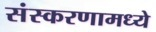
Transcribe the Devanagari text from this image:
संस्करणामध्ये